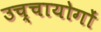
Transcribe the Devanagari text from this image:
उच्चायोगों